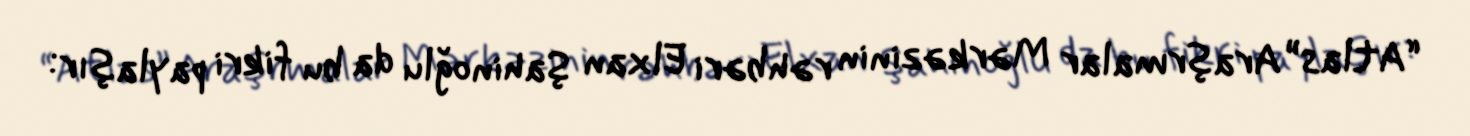
“Atlas” Araşrmalar Mərkəzinin rəhbəri Elxan Şahinoğlu da bu fikri paylaşır: